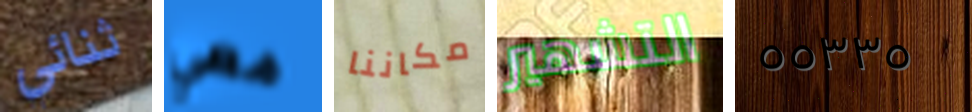
ثنائي معي مكاننا التشهير ٥٥٣٣٥